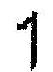
1